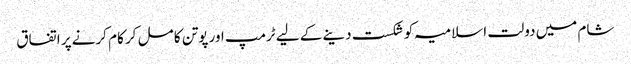
شام میں دولت اسلامیہ کو شکست دینے کے لیے ٹرمپ اور پوتن کا مل کر کام کرنے پر اتفاق